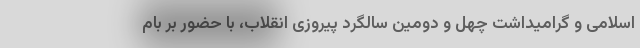
اسلامی و گرامیداشت چهل و دومین سالگرد پیروزی انقلاب، با حضور بر بام